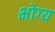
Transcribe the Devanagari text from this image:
भोग्‍य